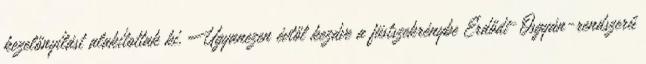
kezelőnyílást alakítottak ki. Ugyanezen évtől kezdve a füstszekrénybe Erdődi–Osgyán-rendszerű